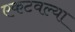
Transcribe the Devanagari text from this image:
एकटवल्या